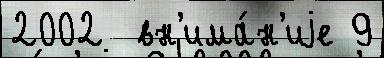
2002  вн'има́н'иjе 9